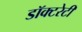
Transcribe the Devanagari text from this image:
डॉक्टरेटी